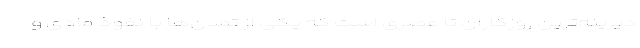
دیرینه‌ترین روزگاران تا عصری است که یکی از تمدن‌ها با نفوذ مادی و